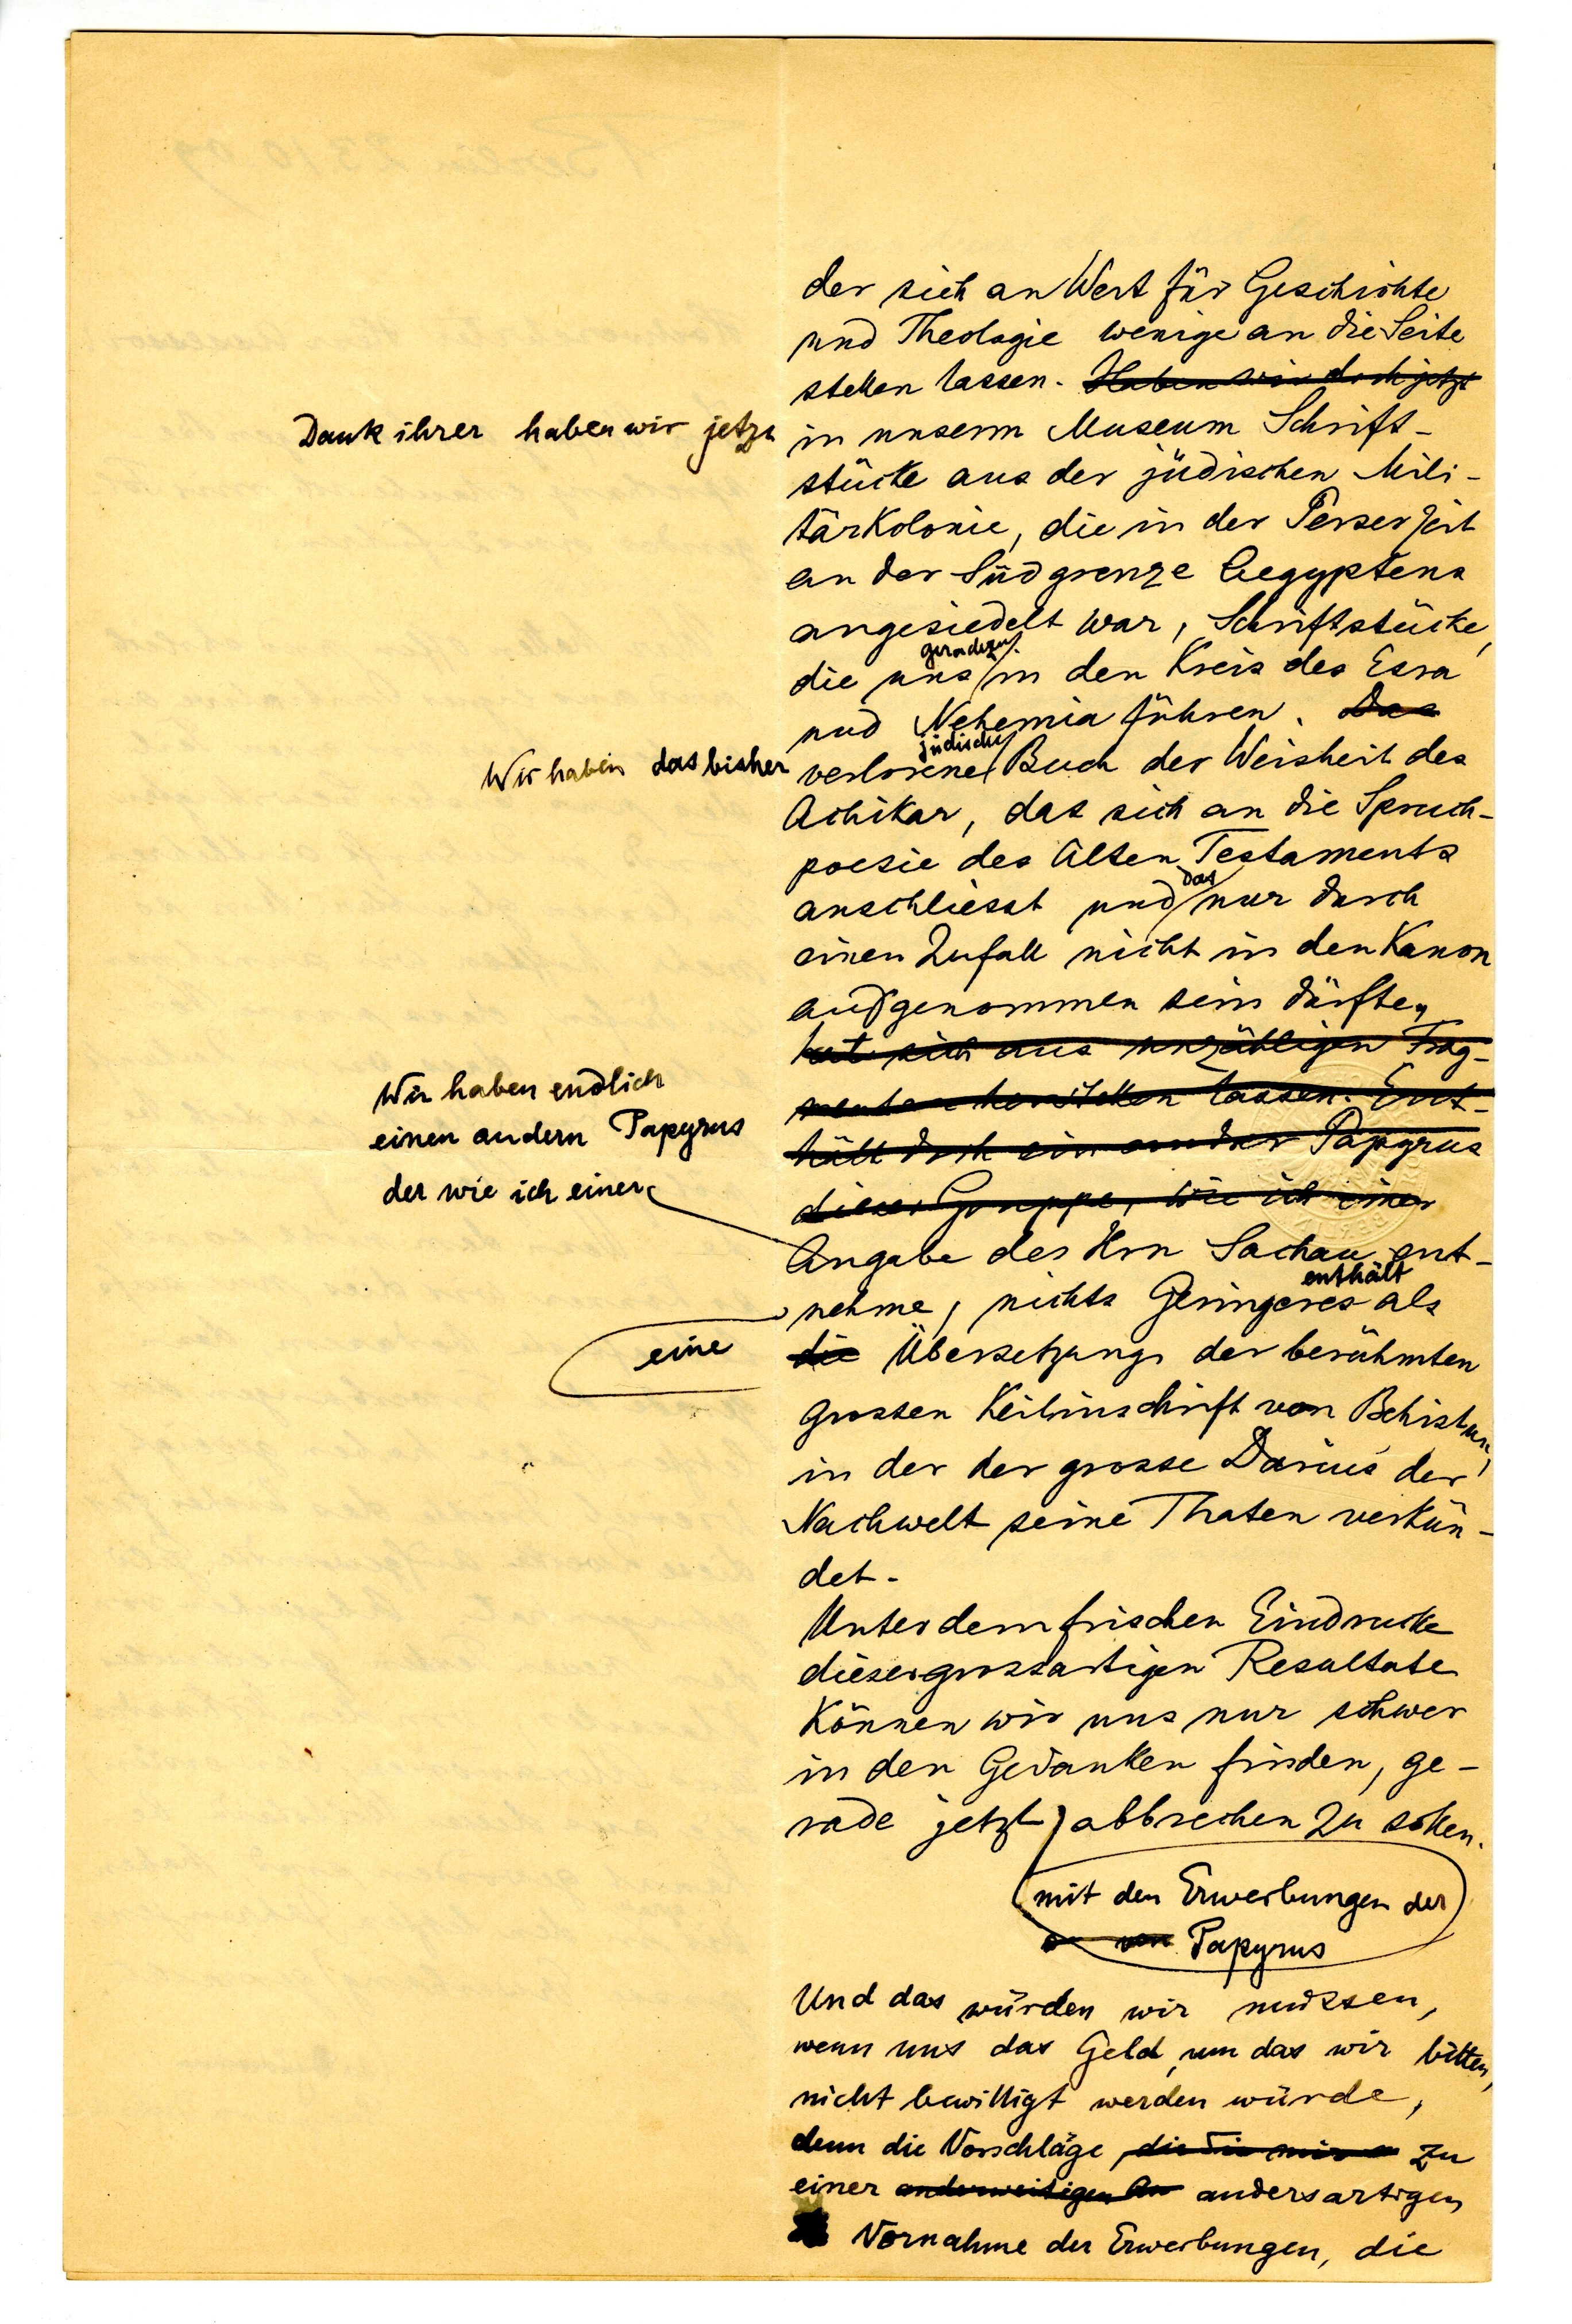
der sich an Wert für Geschichte
und Theologie wenig an die Seite
stellen kann. Haben wir doch jetzt
 in unserem Museum Schrift¬
stücke aus der jüdischen Mili¬
 tärkolonie, die in der Perserzeit
 an der Südgrenze Aegyptens
angesiedelt war, Schriftstücke,
geradezu
die uns in den Kreis des Esra
und Nehemia führen. Das
jüdische
verlorene Buch der Weisheit des
Aihikar, das sich an die Spruch¬
 poesie der alten Testamente
das
anschliesst und nur durch
einen Zufall nicht in den Kanon
aufgenommen sein dürfte.

Angabe des Hrn Sachau ent¬
enthält
nehme, nichts geringeres als
Übersetzung der berühmten
grossen Keilinschrift von Behistun,
in der der grosse Darius der
Nachwelt seine Thaten verkün¬
det.
Unter dem frischen Eindruck
dieser grossartigen Resultate
können wir uns nur schwer
in den Gedanken finden, ge¬
rade jetzt abbrechen zu sollen.
mit den Erwerbungen der
Papyrus
Und das würden wir müssen,
wenn uns das Geld, um das wir bitten,
nicht bewilligt werden würde,
denn die Vorschläge zu
einer andersartigen
Vornahme der Erwerbungen, die

Dank ihrer haben wir jetzt

Wir haben das bisher

Wir haben endlich
einen anderen Papyrus
der wie ich einer

eine